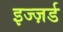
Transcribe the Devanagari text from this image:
इज्ज़र्ड